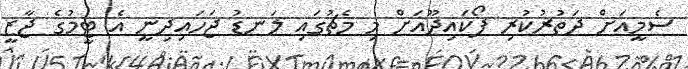
ސެމީއަށް ދަތުރުކުރި ފޯކައިދޫއަށް މި މެޗުގައި ލަނޑު ޖަހައިދިނީ އެ ޓީމުގެ ޖާޒީ